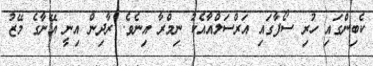
ކެބިންގައި ހުރި ސޯފާގައި އަރްސަލްއާއެކު ނިމްރާ އިނެވެ. ރާދިން އިނީ އޭނާގެ މޭޒު